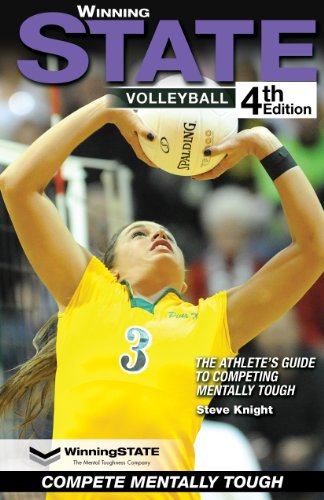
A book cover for WinningSTATE-Volleyball: The Athlete's Guide to Competing Mentally Tough (4th Edition); Steve Knight; Sports & Outdoors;